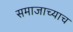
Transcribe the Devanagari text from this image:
समाजाच्याच